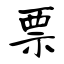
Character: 票